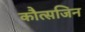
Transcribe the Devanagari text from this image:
कौत्सजिन